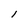
Character: I